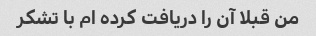
من قبلا آن را دریافت کرده ام با تشکر